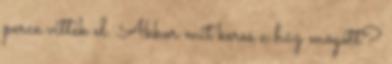
perce vitték el. Akkor mit keres a ház mögött?